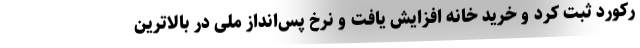
رکورد ثبت کرد و خرید خانه افزایش یافت و نرخ پس‌انداز ملی در بالاترین